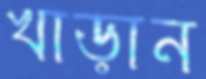
খাড়ান